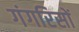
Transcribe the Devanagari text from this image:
गंगरिसों